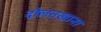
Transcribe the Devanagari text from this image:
दौलतखाना